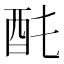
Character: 䣨